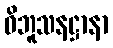
ဝိဘူသနဋ္ဌာနာ